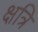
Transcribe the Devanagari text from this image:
क्षत्रि